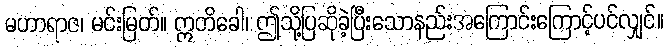
မဟာရာဇ၊ မင်းမြတ်။ ဣတိခေါ၊ ဤသို့ပြဆိုခဲ့ပြီးသောနည်းအကြောင်းကြောင့်ပင်လျှင်။